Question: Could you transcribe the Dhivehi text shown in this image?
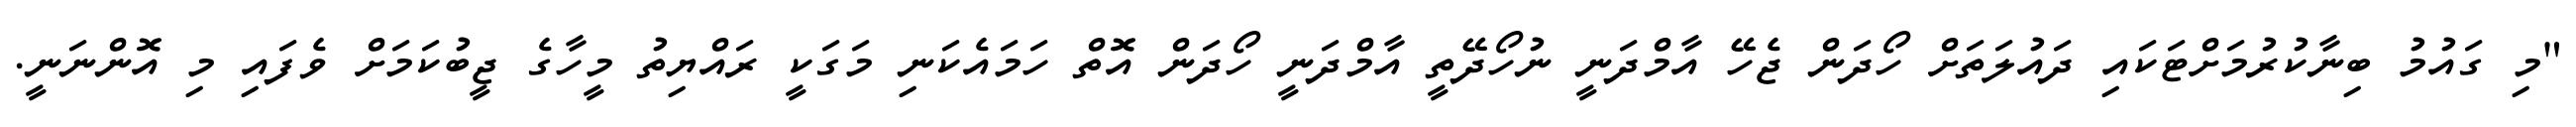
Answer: "މި ގައުމު ބިނާކުރުމަށްޓަކައި ދައުލަތަށް ހޯދަން ޖެހޭ އާމްދަނީ ނުހޯދޭތީ އާމްދަނީ ހޯދަން އޮތް ހަމައެކަނި މަގަކީ ރައްޔިތު މީހާގެ ޖީބުކަމަށް ވެފައި މި އޮންނަނީ.